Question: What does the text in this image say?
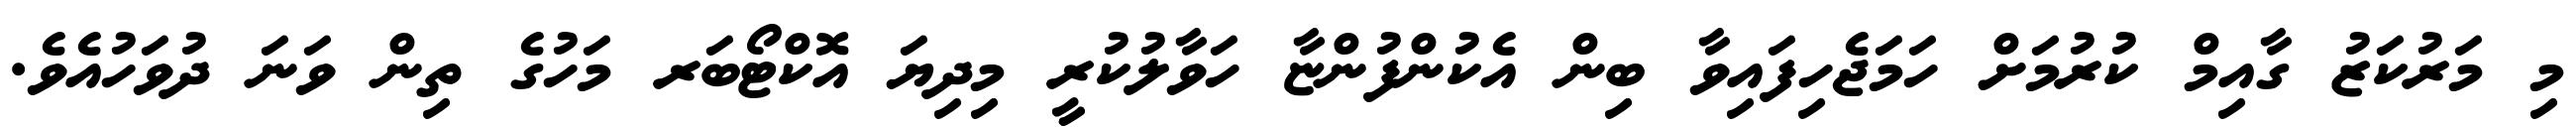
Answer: މި މަރުކަޒު ގާއިމް ކުރުމަށް ހަމަޖެހިފައިވާ ބިން އެކުންފުންޏާ ހަވާލުކުރީ މިދިޔަ އޮކްޓޯބަރ މަހުގެ ތިން ވަނަ ދުވަހުއެވެ.